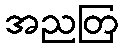
အညတြ